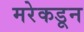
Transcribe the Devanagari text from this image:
मरेकडून